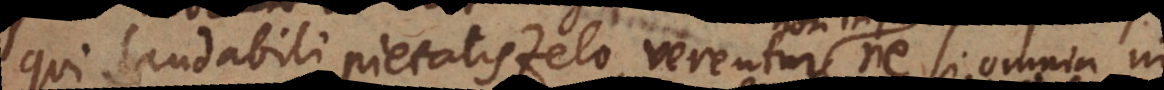
qui laudabili pietatis zelo, verentur non injuria ne